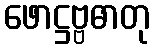
ဖောဋ္ဌဗ္ဗဓာတု